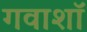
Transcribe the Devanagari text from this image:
गवाशॉ